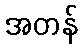
အတန်